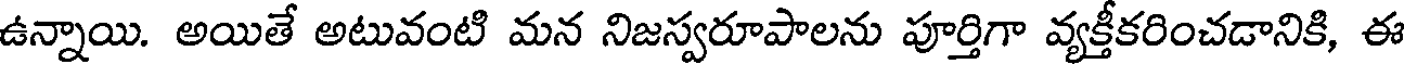
ఉన్నాయి. అయితే అటువంటి మన నిజస్వరూపాలను పూర్తిగా వ్యక్తీకరించడానికి, ఈ